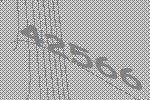
42566